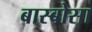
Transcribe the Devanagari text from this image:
बास्बोसा